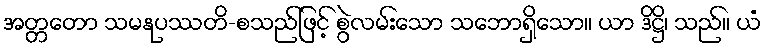
အတ္တတော သမနုပဿတိ-စသည်ဖြင့် စွဲလမ်းသော သဘောရှိသော။ ယာ ဒိဋ္ဌိ၊ သည်။ ယံ